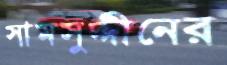
সামসুদ্দীনের